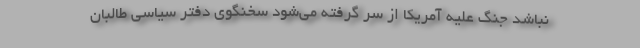
نباشد جنگ علیه آمریکا از سر گرفته می‌شود سخنگوی دفتر سیاسی طالبان